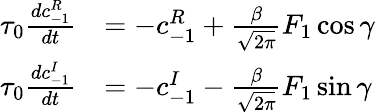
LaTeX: \begin{array}{rl}{\tau_{0}\frac{dc_{\mathrm{-}1}^{R}}{dt}}&{=-c_{\mathrm{-}1}^{R}+\frac{\beta}{\sqrt{2\pi}}F_{1}\cos{\gamma}}\\ {\tau_{0}\frac{dc_{\mathrm{-}1}^{I}}{dt}}&{=-c_{\mathrm{-}1}^{I}-\frac{\beta}{\sqrt{2\pi}}F_{1}\sin{\gamma}}\end{array}